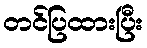
တင်ပြထားပြီး